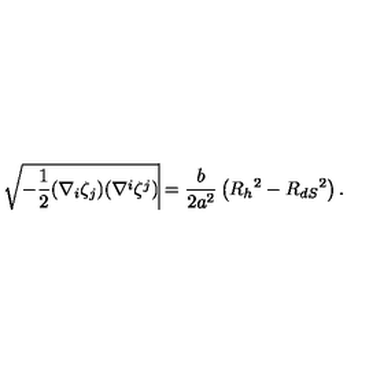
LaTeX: \sqrt { - { \frac { 1 } { 2 } } ( \nabla _ { i } \zeta _ { j } ) ( \nabla ^ { i } \zeta ^ { j } ) } \vline { \mathrm { \raisebox { - 2 . 5 e x } { \scriptsize R = R _ h } } } = { \frac { b } { 2 a ^ { 2 } } } \left( R _ { h } { } ^ { 2 } - R _ { d S } { } ^ { 2 } \right) .